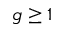
g \ge 1